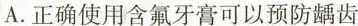
A.正确使用含氟牙膏可以预防龋齿